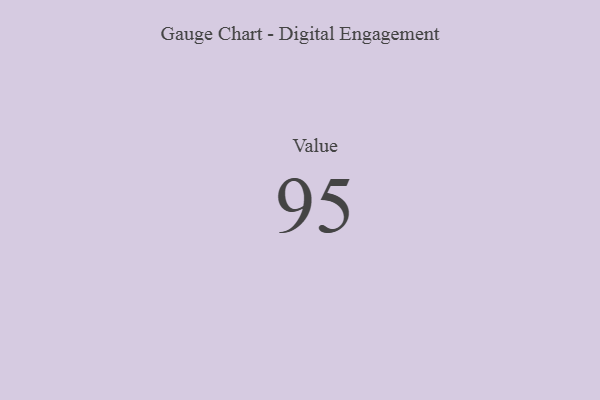
{"axis": {"x": "Metric", "y": "Value"}, "legend": [""], "data": [{"x": "Value", "y": 95, "type": ""}]}